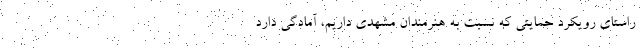
راستای رویکرد حمایتی که نسبت به هنرمندان مشهدی داریم، آمادگی دارد